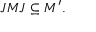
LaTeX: J M J \subseteq M ^ { \prime } .